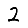
Digit: 2